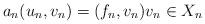
LaTeX: \begin{align*}a_n(u_n, v_n) = (f_n, v_n) v_n \in X_n\end{align*}